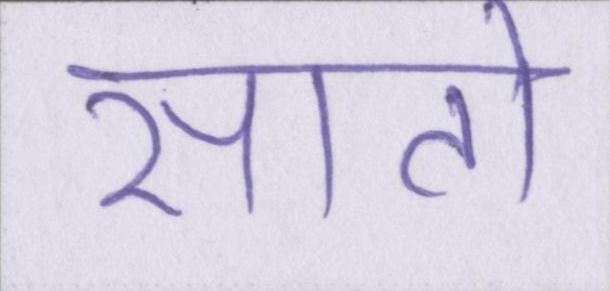
सातो